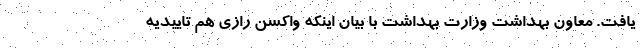
یافت. معاون بهداشت وزارت بهداشت با بیان اینکه واکسن رازی هم تاییدیه